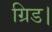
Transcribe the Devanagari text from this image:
ग्रिड।